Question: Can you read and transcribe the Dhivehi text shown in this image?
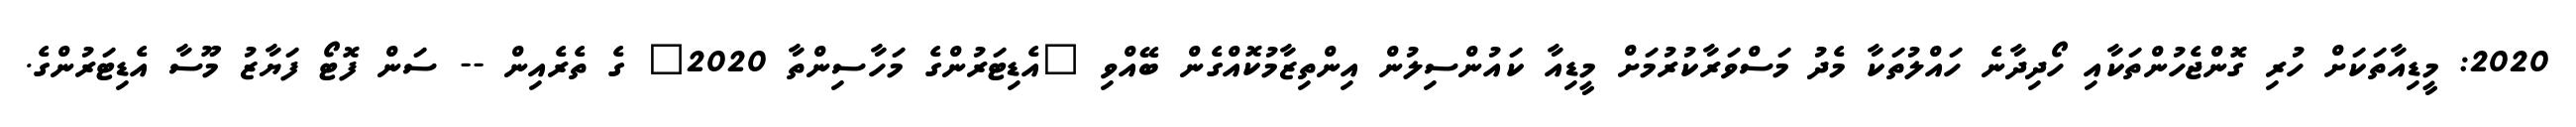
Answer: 2020: މީޑިއާތަކަށް ހުރި ގޮންޖެހުންތަކާއި ހޯދިދާނެ ހައްލުތަކާ މެދު މަސްވަރާކުރުމަށް މީޑިއާ ކައުންސިލުން އިންތިޒާމުކޮއްގެން ބޭއްވި "އެޑިޓަރުންގެ މަހާސިންތާ 2020" ގެ ތެރެއިން -- ސަން ފޮޓޯ ފަޔާޒު މޫސާ އެޑިޓަރުންގެ.